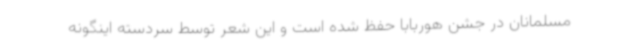
مسلمانان در جشن هوربابا حفظ شده است و این شعر توسط سردسته اینگونه